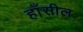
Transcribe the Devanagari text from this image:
हाँसील